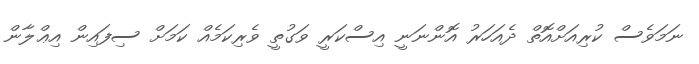
ނަމަވެސް ކުރިއަށްއޮތް ދެއަހަރު އޮންނަނީ އިސްކަރީ ވަގުތީ ވެރިކަމެއް ކަމަށް ސިފައިން އިޢްލާން